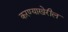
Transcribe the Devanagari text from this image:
करण्याखेरील